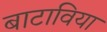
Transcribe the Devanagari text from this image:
बाटाविया